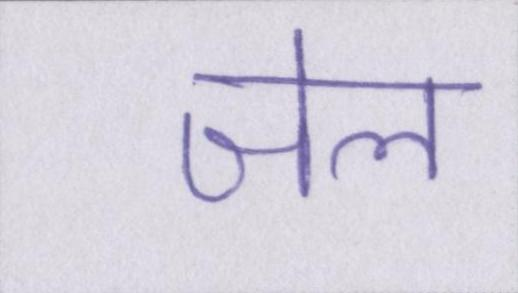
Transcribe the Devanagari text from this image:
जेल